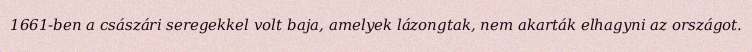
1661-ben a császári seregekkel volt baja, amelyek lázongtak, nem akarták elhagyni az országot.